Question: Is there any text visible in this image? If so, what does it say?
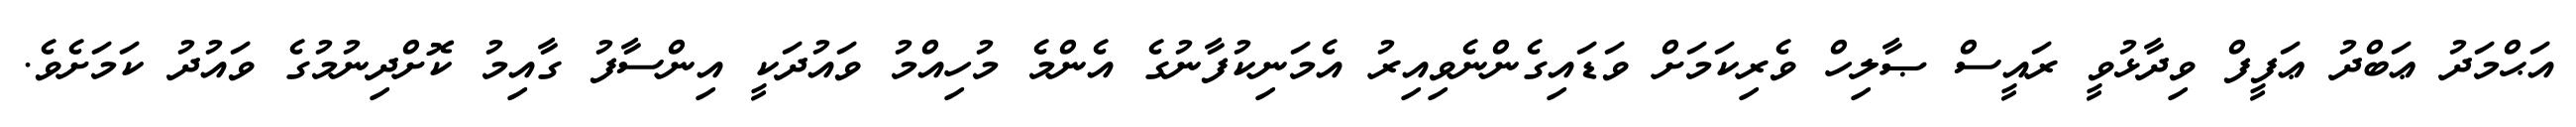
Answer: އަޙްމަދު ޢަބްދު ޢަފީފް ވިދާޅުވީ ރައީސް ޞާލިހް ވެރިކަމަށް ވަޑައިގެންނެވިއިރު އެމަނިކުފާނުގެ އެންމެ މުހިއްމު ވައުދަކީ އިންސާފު ގާއިމު ކޮށްދިނުމުގެ ވައުދު ކަމަށެވެ.